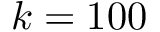
k = 1 0 0